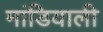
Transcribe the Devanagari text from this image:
मांडियाली